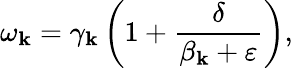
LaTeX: {{\omega}_{\mathbf{k}}}={{\gamma}_{\mathbf{k}}}\left(1+\frac{{\delta}}{{{{\beta}_{\mathbf{k}}}+\varepsilon}}\right),